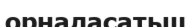
орналасатьш